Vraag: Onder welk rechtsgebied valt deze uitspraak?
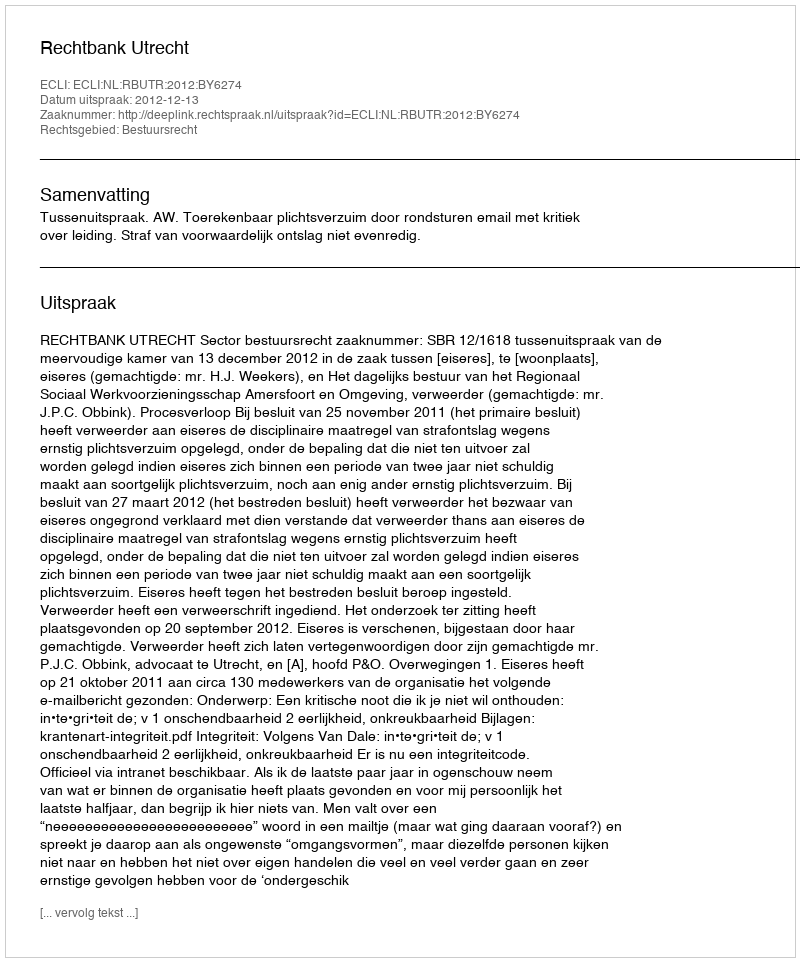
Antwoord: Bestuursrecht